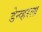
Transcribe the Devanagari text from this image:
डेन्व्हरला